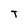
Character: T